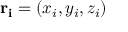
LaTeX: \mathbf { r _ { i } } = ( x _ { i } , y _ { i } , z _ { i } )